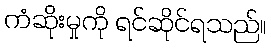
ကံဆိုးမှုကို ရင်ဆိုင်ရသည်။